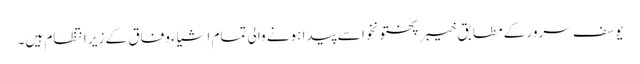
یوسف سرور کے مطابق خیبر پختونخوا سے پیدا ہونے والی تمام اشیاء وفاق کے زیر انتظام ہیں۔